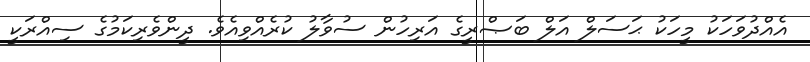
އެއްދުވަހަކު މީހަކު ޙަސަލް އަލް ބަޞްރީގެ އަރިހުން ސުވާލު ކުރެއްވިއެވެ. ދީންވެރިކަމުގެ ސިއްރަކީ